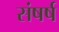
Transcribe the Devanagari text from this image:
संषर्ष